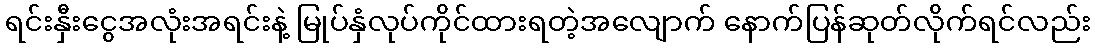
ရင်းနှီးငွေအလုံးအရင်းနဲ့ မြုပ်နှံလုပ်ကိုင်ထားရတဲ့အလျောက် နောက်ပြန်ဆုတ်လိုက်ရင်လည်း